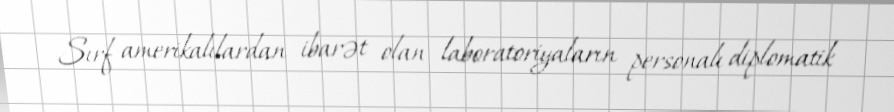
Sırf amerikalılardan ibarət olan laboratoriyaların personalı diplomatik